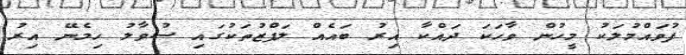
ފުވައްމުލަކު މީހުން ވާހަކަ ދައްކާ އިރު ބައެއް ލަފްޒުތަކުގައި ސުވާލު ހިމެނޭ އިރު